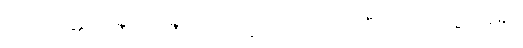
လျှောက်၏။) ဝင်္ဂီသ၊ ဝင်္ဂီသ။ တေန ဟိ၊ ထိုသို့ ထပြီးကား။ ပုဗ္ဗေ၊ ရှေး၌။